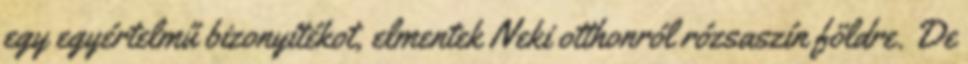
egy egyértelmű bizonyítékot, elmentek Neki otthonról rózsaszín földre. De